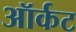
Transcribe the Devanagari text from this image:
ऑर्कट